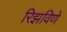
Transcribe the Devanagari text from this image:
रिझविणे